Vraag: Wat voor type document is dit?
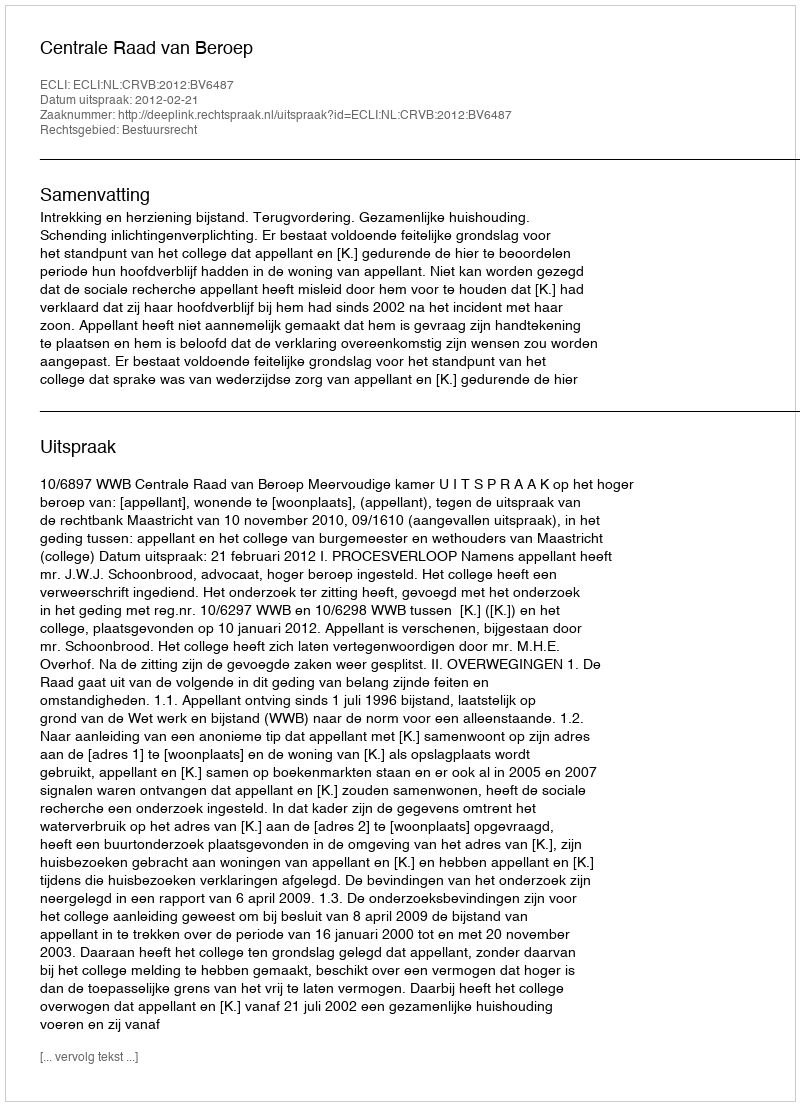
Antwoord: Uitspraak